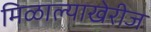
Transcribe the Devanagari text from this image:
मिळाल्याखेरीज